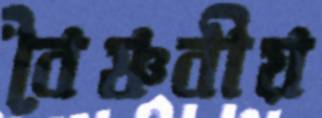
বৈষ্ণবীয়